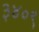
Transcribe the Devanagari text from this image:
३४०९